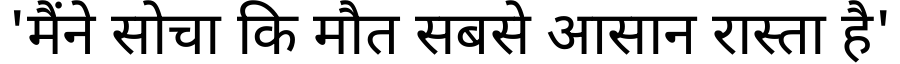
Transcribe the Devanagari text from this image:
'मैंने सोचा कि मौत सबसे आसान रास्ता है'